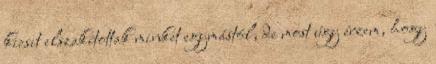
kicsit elszakítottak minket egymástól, de most úgy érzem, hogy